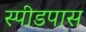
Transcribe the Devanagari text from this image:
स्पीडपास